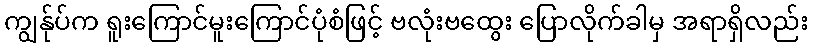
ကျွန်ုပ်က ရူးကြောင်မူးကြောင်ပုံစံဖြင့် ဗလုံးဗထွေး ပြောလိုက်ခါမှ အရာရှိလည်း